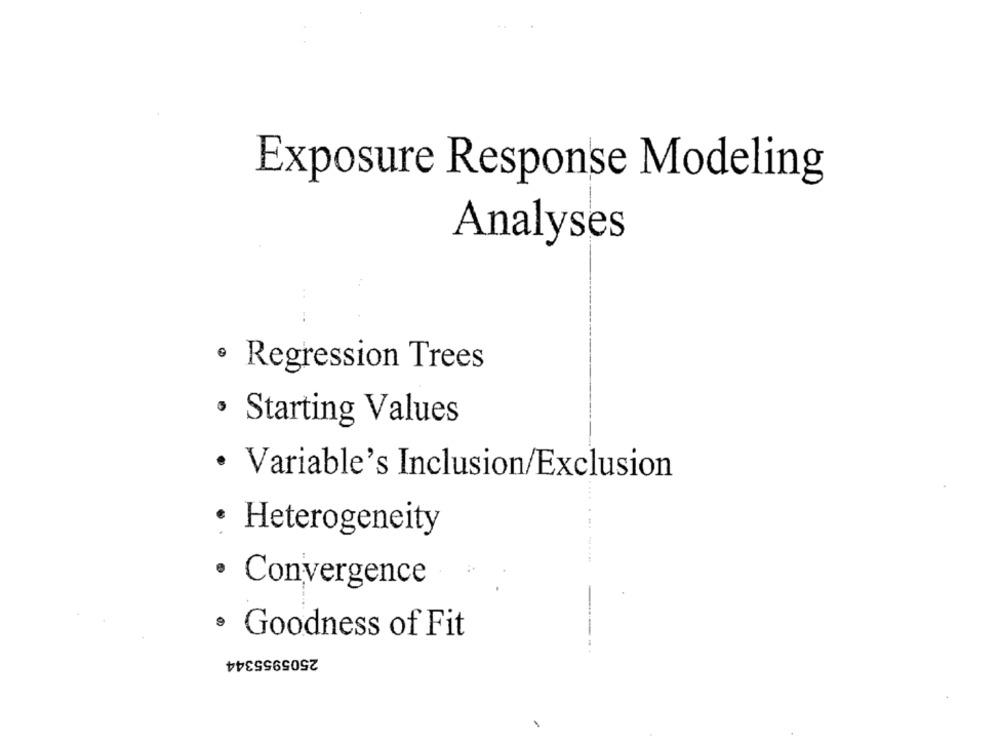
Exposure Response Modeling
Analyses
· Regression Trees
· Starting Values
· Variable's Inclusion/Exclusion
· Heterogeneity
· Convergence
· Goodness of Fit
2505955344